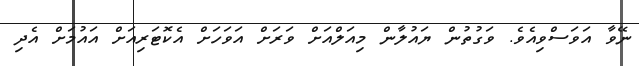
ނޭވާ އަވަސްވިއެވެ. ވަގުތުން ޔައުލާން މިއަލްއަށް ވަރަށް އަވަހަށް އެކޮޓަރިއަށް އައުމަށް އެދި